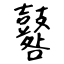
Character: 鼛